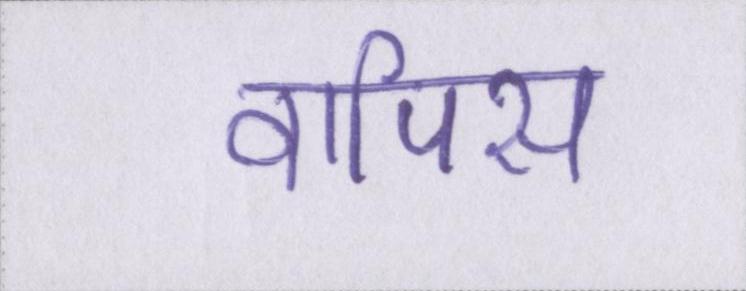
वापिस